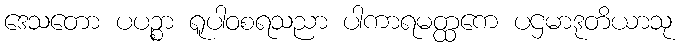
ဒေသတော ပပဉ္စာ ရူပါဝစရသညာ ပါကာရမတ္ထကေ ပဌမာဒုတိယာသု